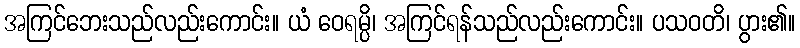
အကြင်ဘေးသည်လည်းကောင်း။ ယံ ဝေရမ္ပိ၊ အကြင်ရန်သည်လည်းကောင်း။ ပသဝတိ၊ ပွား၏။